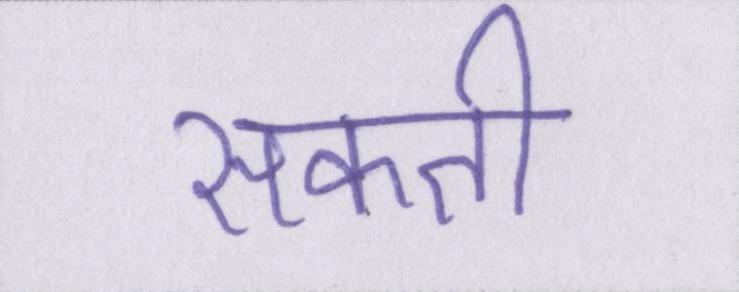
सकती